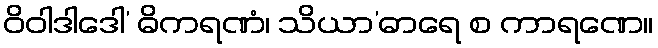
ဝိဝါဒါဒေါ’ ဓိကရဏံ၊ သိယာ’ဓာရေ စ ကာရဏေ။